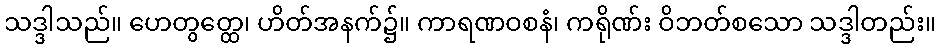
သဒ္ဒါသည်။ ဟေတွတ္ထေ၊ ဟိတ်အနက်၌။ ကာရဏဝစနံ၊ ကရိုဏ်း ဝိဘတ်စသော သဒ္ဒါတည်း။